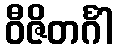
ဝီဇိတင်္ဂါ